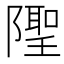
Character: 𨼳